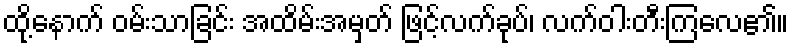
ထို့နောက် ဝမ်းသာခြင်း အထိမ်းအမှတ် ဖြင့်လက်ခုပ်၊ လက်ဝါးတီးကြလေ၏။